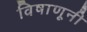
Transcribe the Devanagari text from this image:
विषाणूनी